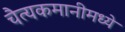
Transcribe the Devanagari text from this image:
चैत्यकमानीमध्ये